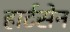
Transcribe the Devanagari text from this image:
हार्टसेन